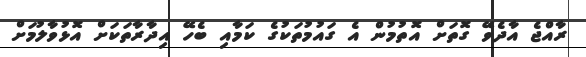
ރާއްޖެ އާދެވޭ ގޮތަށް އޮތުމުން އެ ގައުމުތަކުގެ ކަމާއި ބެހޭ އިދާރާތަކަށް އޮޅުވާލުމަށް